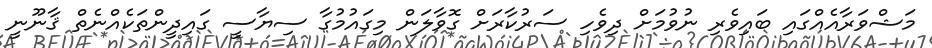
މަޝްވަރާއެއްގައި ބައިވެރި ނުވުމަށް ދިވެހި ސަރުކާރަށް ގޮވާލަން މިގައުމުގާ ސިޔާސީ ގައިދީންތަކެއްނެތް ޤާނޫނީ